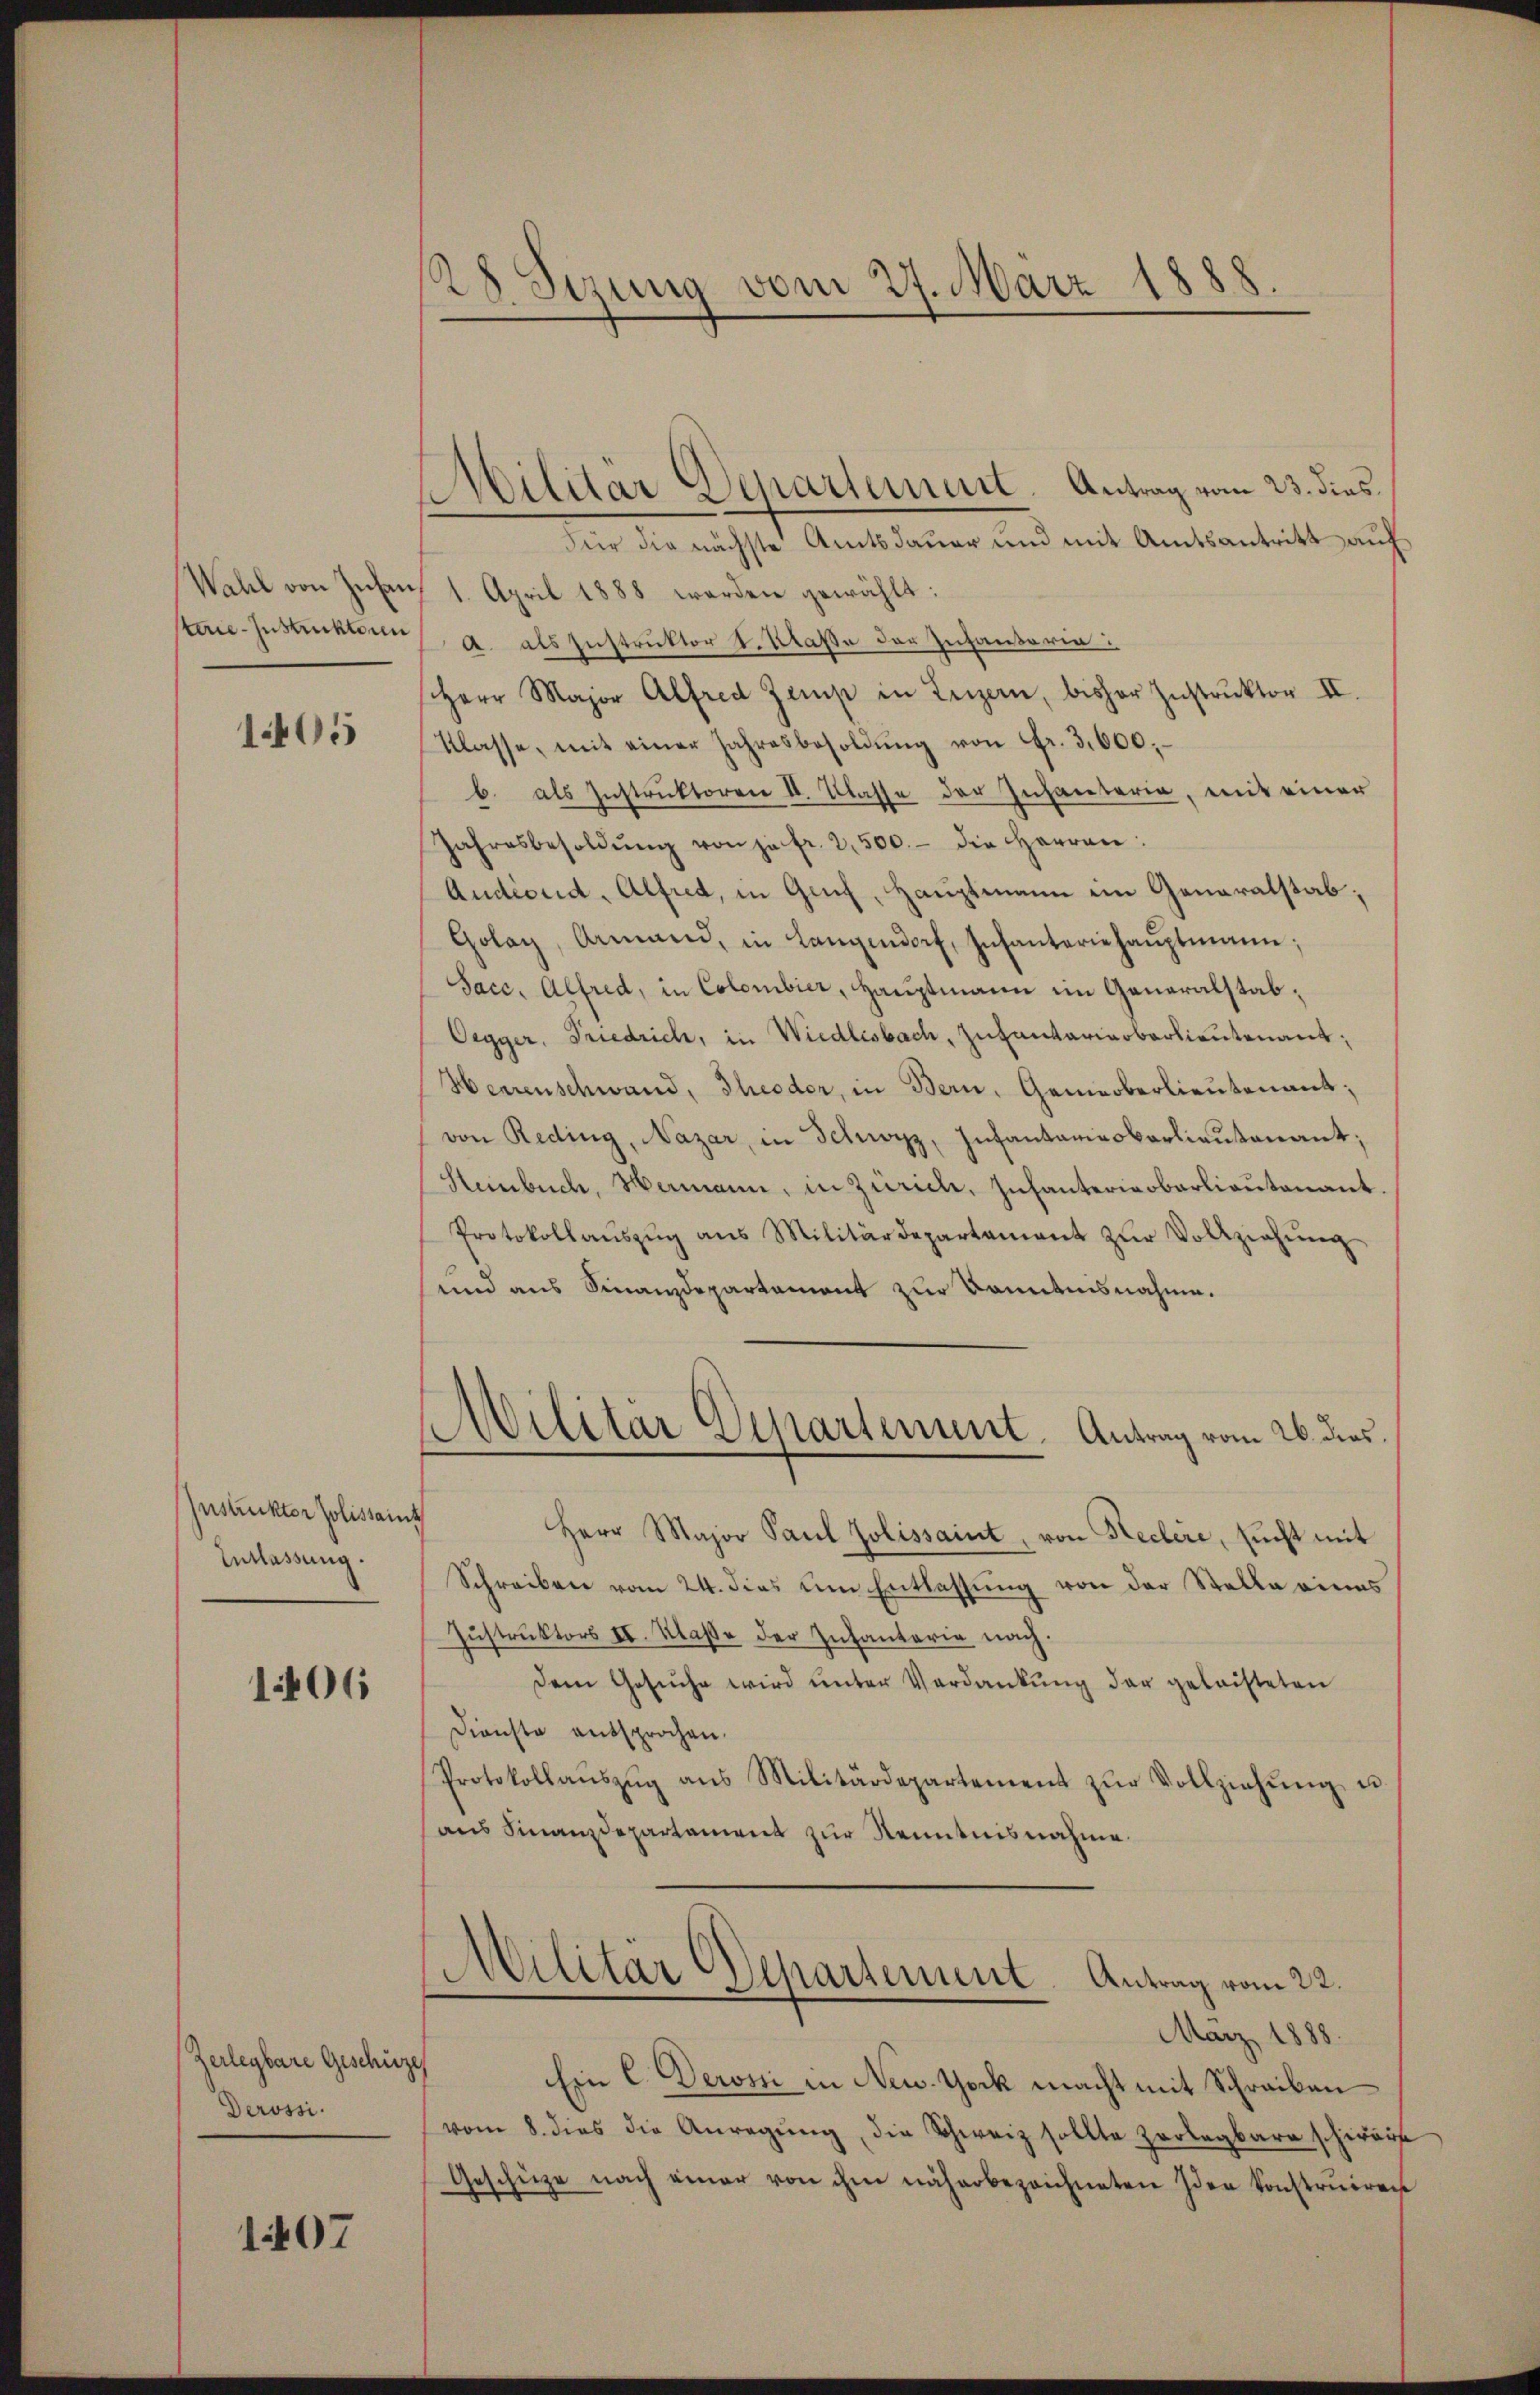
Wahl von Infan
terie-Instickten

1405

Instruktor Jolissaint
Entlassung.

1406

(Zerlegbare Geschütze
Derossi.

1407

28 Sezung vom 27. März 1888.

Militär Departement. Antrag vom 23. dies

Für die nächste Amtsdauer und mit Amtsantritt auf
1. April 1888 werden gewählt:
A. als Instruktor v. Klaße der Zufanterin:
sherr Major Alfred Zemp in Luzern, bisher Instruktor II.
Klasse, mit einer Jahresbesoldŭng von Fr. 3,600.
b. als Instruktoren II. Klasse der Infanteria, mit einer
Jahresbesoldŭng von ja fr. 2,500.- die Herren:
Andiond, Alfred, in Genf, Hauptmann ein Generalstab;
Golay, Armand, in Langendorf, Infanteriehaŭptmann,
Sacc. Alfred, in Colombier, Hauptmann im Generalstab¬
Oegger, Friedrich, in Wiedlisbach, Zutantariarbarlieutenant
Herrenschwand, Theoder, in Bern, Gemeoberlieutenant;
von Reding, Nazar, in Schwyz, Infantariesbarlieutenant;
Steinbuch, Hermann, in Zürich, Infanteriobarlieutenant.
Protokollaŭszŭg ans Militärdepartement zŭr Vollziehŭng
und aus Finanzdepartament zur Kenntnisnahme.
Militär Departement. Antrag vom 26. dies
e
Herr Major Paul Jolissaint, von Heclere, sucht mit
Schreiben vom 24. dies um Entlassung von der Stelle eines
Instruktors II. Klaße der Infanterie nach.
dem Gesuche wird unter Verdankŭng der geleisteten
Dienste entsprochen.
Protokollaŭszŭg ans Militärdepartement zŭr Vollziehŭng u.
aus Finanzdepartament zur Kenntnisnahme.
Militär Departement. Antrag vom 22.
März 1888.
Ein C. Derossi in New Yock macht mit Schreiben
vom 8. dies die Anregung, die Schweiz sollte zerlegbare schwärt
Geschüze nach einer von ihm näherbezeichneten Idee konstruiren